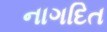
નાગદિત